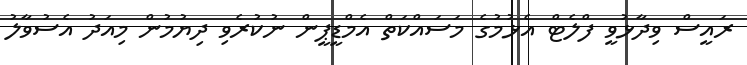
ރައީސް ވިދާޅުވީ ފްލެޓް އެޅުމުގެ މަސައްކަތް އެމްޑީޕީން ނުކުރެވި ދިޔުމުން މިއަދު އެސުވާލު